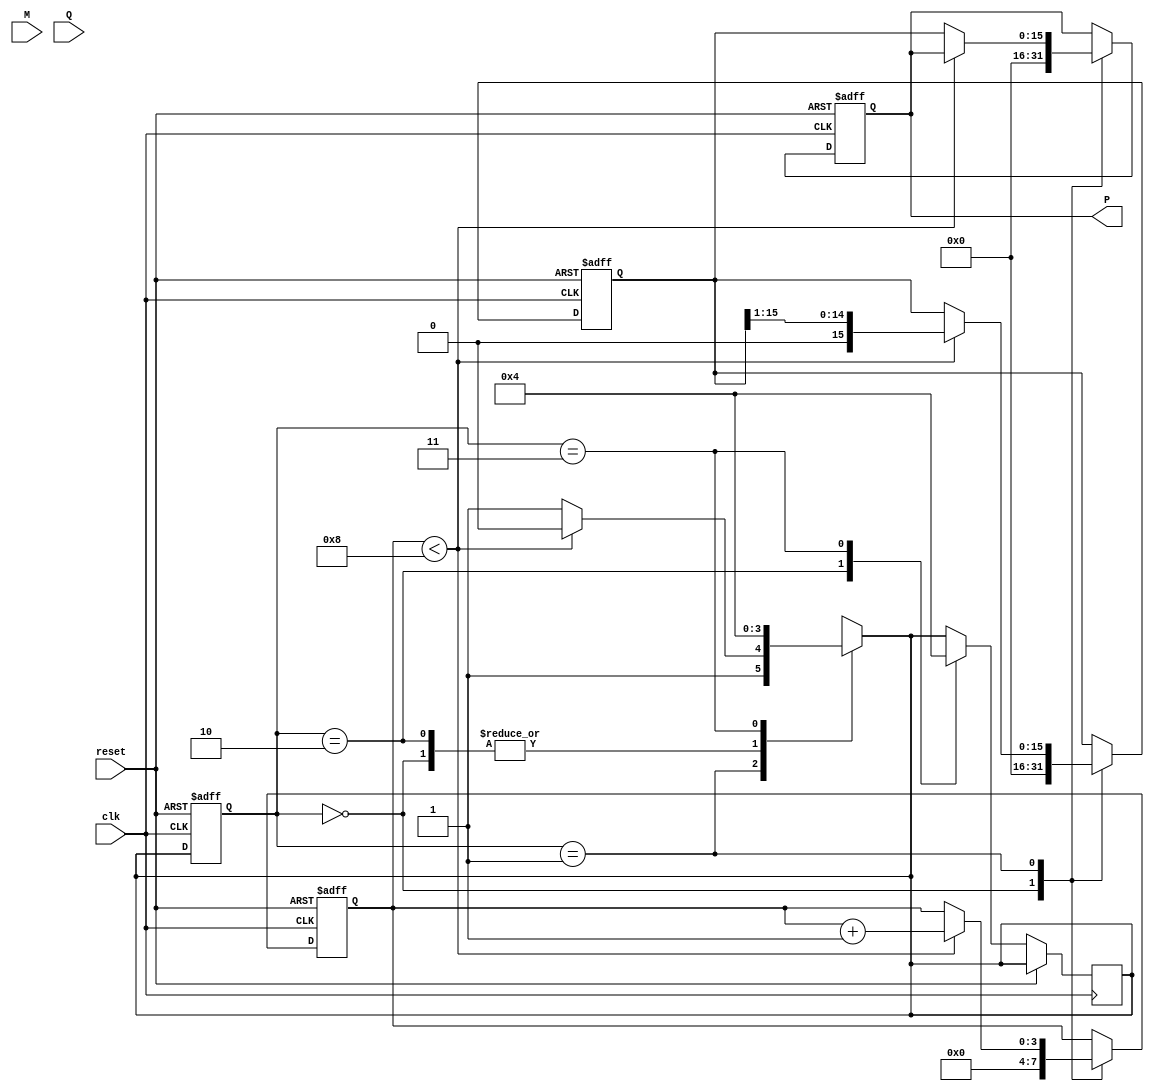
module modified_booth_multiplier (
    input wire clk,
    input wire reset,
    input wire [7:0] M,   // 8-bit multiplicand
    input wire [7:0] Q,   // 8-bit multiplier
    output reg [15:0] P   // 16-bit product
);

    reg [15:0] A;         // Accumulator
    reg [7:0] Q_reg;      // Multiplier register
    reg [1:0] Q_neg1;     // Previous bit of Q
    reg [3:0] count;      // Count for iterations

    // State encoding for control
    parameter IDLE       = 2'b00,
              START      = 2'b01,
              EXECUTE    = 2'b10,
              DONE       = 2'b11;

    reg [1:0] state, next_state;

    always @(posedge clk or posedge reset) begin
        if (reset) begin
            A <= 16'b0;
            Q_reg <= Q;
            Q_neg1 <= 2'b0;
            P <= 16'b0;
            count <= 4'b0;
            state <= IDLE;
        end else begin
            state <= next_state;
            case (state)
                IDLE: begin
                    // Initialization on reset or after done
                    A <= 16'b0;
                    Q_reg <= Q;
                    Q_neg1 <= 2'b0;
                    count <= 4'b0;
                    P <= 16'b0;
                end

                START: begin
                    // Start multiplication
                    if (count < 8) begin
                        // Booth's encoding
                        case ({Q_reg[0], Q_neg1})
                            2'b00: begin
                                // No operation
                                A <= A;
                            end
                            2'b01: begin
                                // Add M to A
                                A <= A + {8'b0, M}; // Extend M to 16 bits
                            end
                            2'b10: begin
                                // Subtract M from A
                                A <= A - {8'b0, M}; // Extend M to 16 bits
                            end
                            2'b11: begin
                                // No operation
                                A <= A;
                            end
                        endcase
                        // Shift A and Q
                        {A, Q_reg} <= {A, Q_reg} >> 1; // Arithmetic right shift
                        Q_neg1 <= {Q_reg[0], Q_neg1[0]}; // Update previous Q bit
                        count <= count + 1;
                    end else begin
                        // Done, store the product
                        P <= A; // Final product in P
                    end
                end

                EXECUTE: begin
                    // Continue executing
                    next_state <= START;
                end

                DONE: begin
                    // Finish multiplication
                    next_state <= IDLE;
                end
            endcase
        end
    end

    always @(*) begin
        case (state)
            IDLE: next_state = START;
            START: begin
                if (count < 8) begin
                    next_state = EXECUTE;
                end else begin
                    next_state = DONE;
                end
            end
            EXECUTE: next_state = START;
            DONE: next_state = IDLE;
            default: next_state = IDLE;
        endcase
    end

endmodule